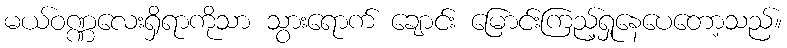
မယ်ဝဏ္ဏလေးရှိရာကိုသာ သွားရောက် ချောင်း မြောင်းကြည့်ရှုနေပေတော့သည်။